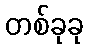
တစ်ခုခု